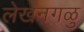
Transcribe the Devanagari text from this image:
लेखनगळु